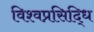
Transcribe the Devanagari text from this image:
विश्वप्रसिद्धि